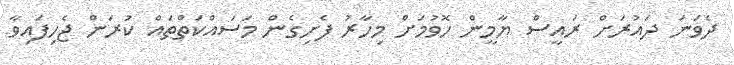
ދެވަނަ ދައުރަށް ރައީސް ޔާމީން ހޮވުމަށް މިހާރު ފެށިގެން މަސައްކަތްތައް ކުރަން ޖެހިފައިވާ